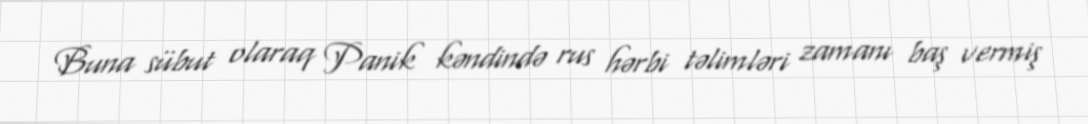
Buna sübut olaraq Panik kəndində rus hərbi təlimləri zamanı baş vermiş